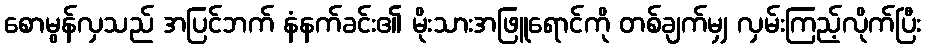
စောမွန်လှသည် အပြင်ဘက် နံနက်ခင်း၏ မိုးသားအဖြူရောင်ကို တစ်ချက်မျှ လှမ်းကြည့်လိုက်ပြီး